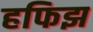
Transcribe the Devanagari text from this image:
हफिझ